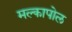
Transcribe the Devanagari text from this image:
मल्कापोल